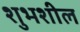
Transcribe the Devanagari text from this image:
शुभशील